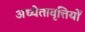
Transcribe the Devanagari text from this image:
अध्येतावृत्तियों